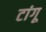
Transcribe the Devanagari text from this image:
टांगू